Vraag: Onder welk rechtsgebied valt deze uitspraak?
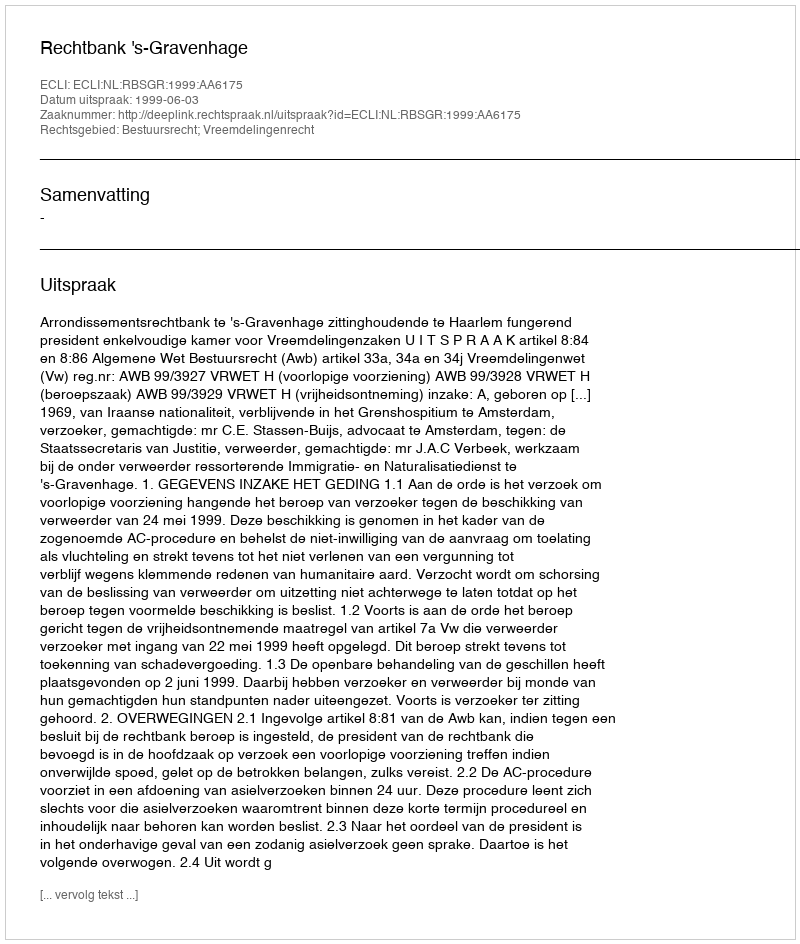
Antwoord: Bestuursrecht; Vreemdelingenrecht